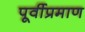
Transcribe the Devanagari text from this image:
पूर्वीप्रमाण